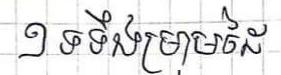
១ ទទឹងម្រាមដៃ